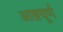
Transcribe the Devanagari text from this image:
आम्रचूर्ण